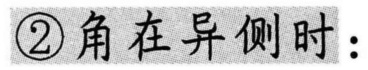
\textcircled{2}角在异侧时：